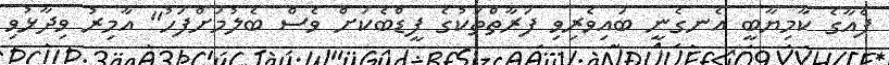
ފެއާގެ ކާމިޔާބީ އެނގެނީ ބައިވެރިވި ފަރާތްތަކުގެ ފީޑްބެކަށް ވެސް ބެލުމަށްފަހު" އާމިރު ވިދާޅުވި